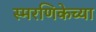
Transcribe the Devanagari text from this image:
स्मरणिकेच्या